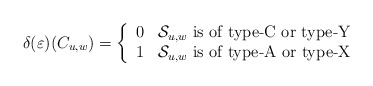
\begin{align*}\delta(\varepsilon)(C_{u,w}) = \left\{\begin{array}{cc}0 & \mathcal{S}_{u,w} \mbox{ is of type-C or type-Y}\\1 & \mathcal{S}_{u,w} \mbox{ is of type-A or type-X}\end{array}\right.\end{align*}